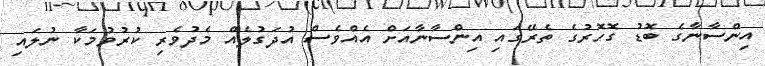
އިންސާނާގެ ބޮޑު ގޮހޮރުގެ ތެރޭގައި އިންސާނާއަށް އެއްވެސް އުދަގުލެއް މެދުވެރި ކުރުވުމަކާ ނުލައި